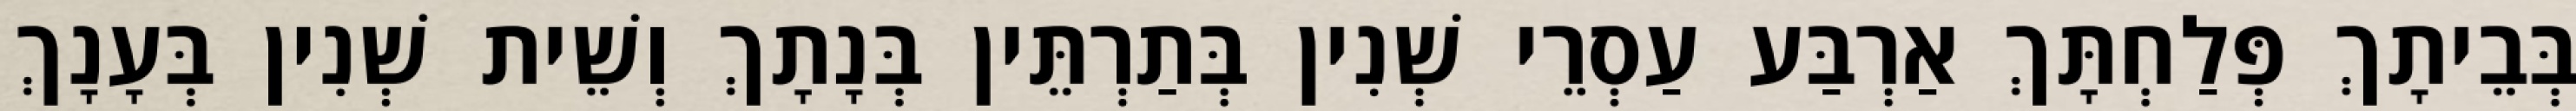
בְּבֵיתָךְ פְּלַחְתָּךְ אַרְבַּע עַסְרֵי שְׁנִין בְּתַרְתֵּין בְּנָתָךְ וְשֵׁית שְׁנִין בְּעָנָךְ